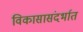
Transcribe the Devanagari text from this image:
विकासासंदर्भात